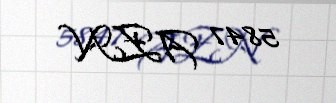
5847 AZN